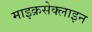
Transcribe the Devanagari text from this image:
माइक्रसेक्लाइन